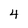
Character: 4